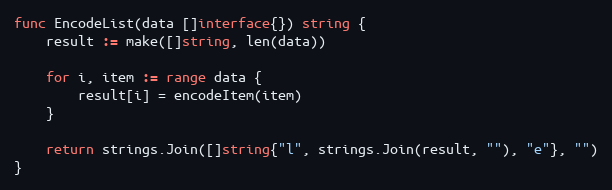
Language: Go
func EncodeList(data []interface{}) string {
	result := make([]string, len(data))

	for i, item := range data {
		result[i] = encodeItem(item)
	}

	return strings.Join([]string{"l", strings.Join(result, ""), "e"}, "")
}